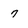
Character: 7